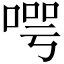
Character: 㗁